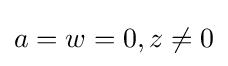
a=w=0,z\neq 0